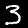
Digit: 3